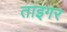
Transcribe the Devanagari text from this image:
ताइगर